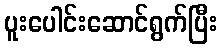
ပူးပေါင်းဆောင်ရွက်ပြီး